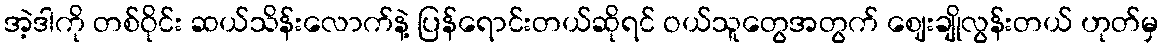
အဲ့ဒါကို တစ်ဝိုင်း ဆယ်သိန်းလောက်နဲ့ ပြန်ရောင်းတယ်ဆိုရင် ဝယ်သူတွေအတွက် ဈေးချိုလွန်းတယ် ဟုတ်မှ